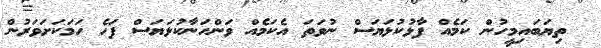
ތިޔަބައިމީހުން ކަމެއް ފާޅުކުޅަޔަސް ނުވަތަ އެކަމެއް ވަންހަނާކުޅަޔަސް ފަހެ ހަމަކަށަވަރުން